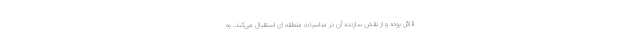
قائل بوده و از نقش سازنده آن در مناسبات منطقه ای استقبال می‌کند. به